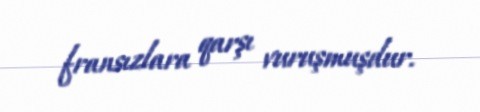
fransızlara qarşı vuruşmuşdur.